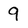
Character: 9